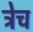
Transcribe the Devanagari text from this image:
ट्रेच